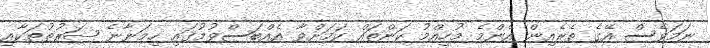
ނަމަވެސް އޭގެ ތެރެއިން އެންމެ މުހިއްމު ކަންތައް ކަމަށްވާ އެއްބަސްވުމުގައި ހިމަނާނެ ޝަރުތުތަކާއި